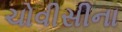
ચોવીસીના